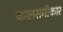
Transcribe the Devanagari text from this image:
कालसमीकार